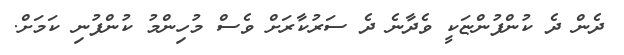
ދެން ދެ ކުންފުންޏަކީ ވެދާނެ ދެ ސަރުކާރަށް ވެސް މުހިންމު ކުންފުނި ކަމަށް.